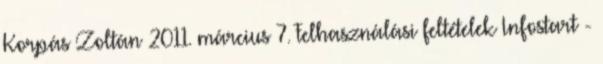
Korpás Zoltán 2011. március 7. Felhasználási feltételek Infostart -